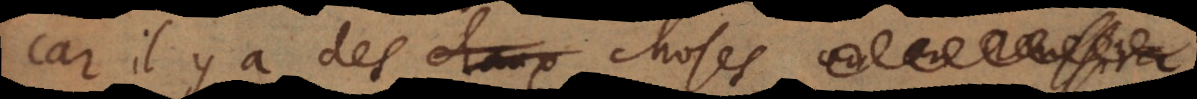
Car il y a des choses,